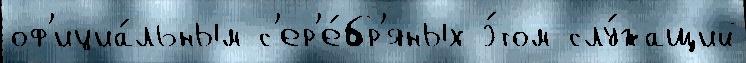
оф'ициа́льным с'ер'е́бр'яных э́том слу́жащий